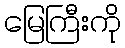
မြေကြီးကို